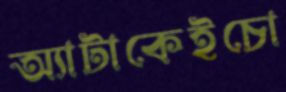
অ্যাটাকেইচো